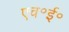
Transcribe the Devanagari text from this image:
एच॰ई॰